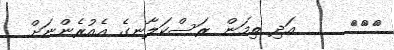
١١٦     އަދި ތިމަން ރަސްކަލާނގެ އެއުރެންނަށް